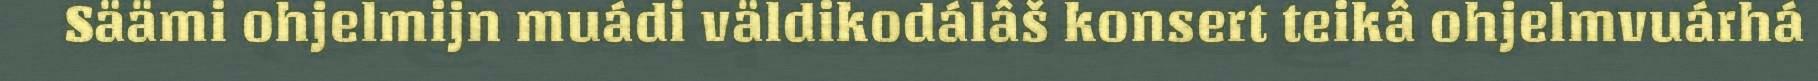
Säämi ohjelmijn muádi väldikodálâš konsert teikâ ohjelmvuárhá